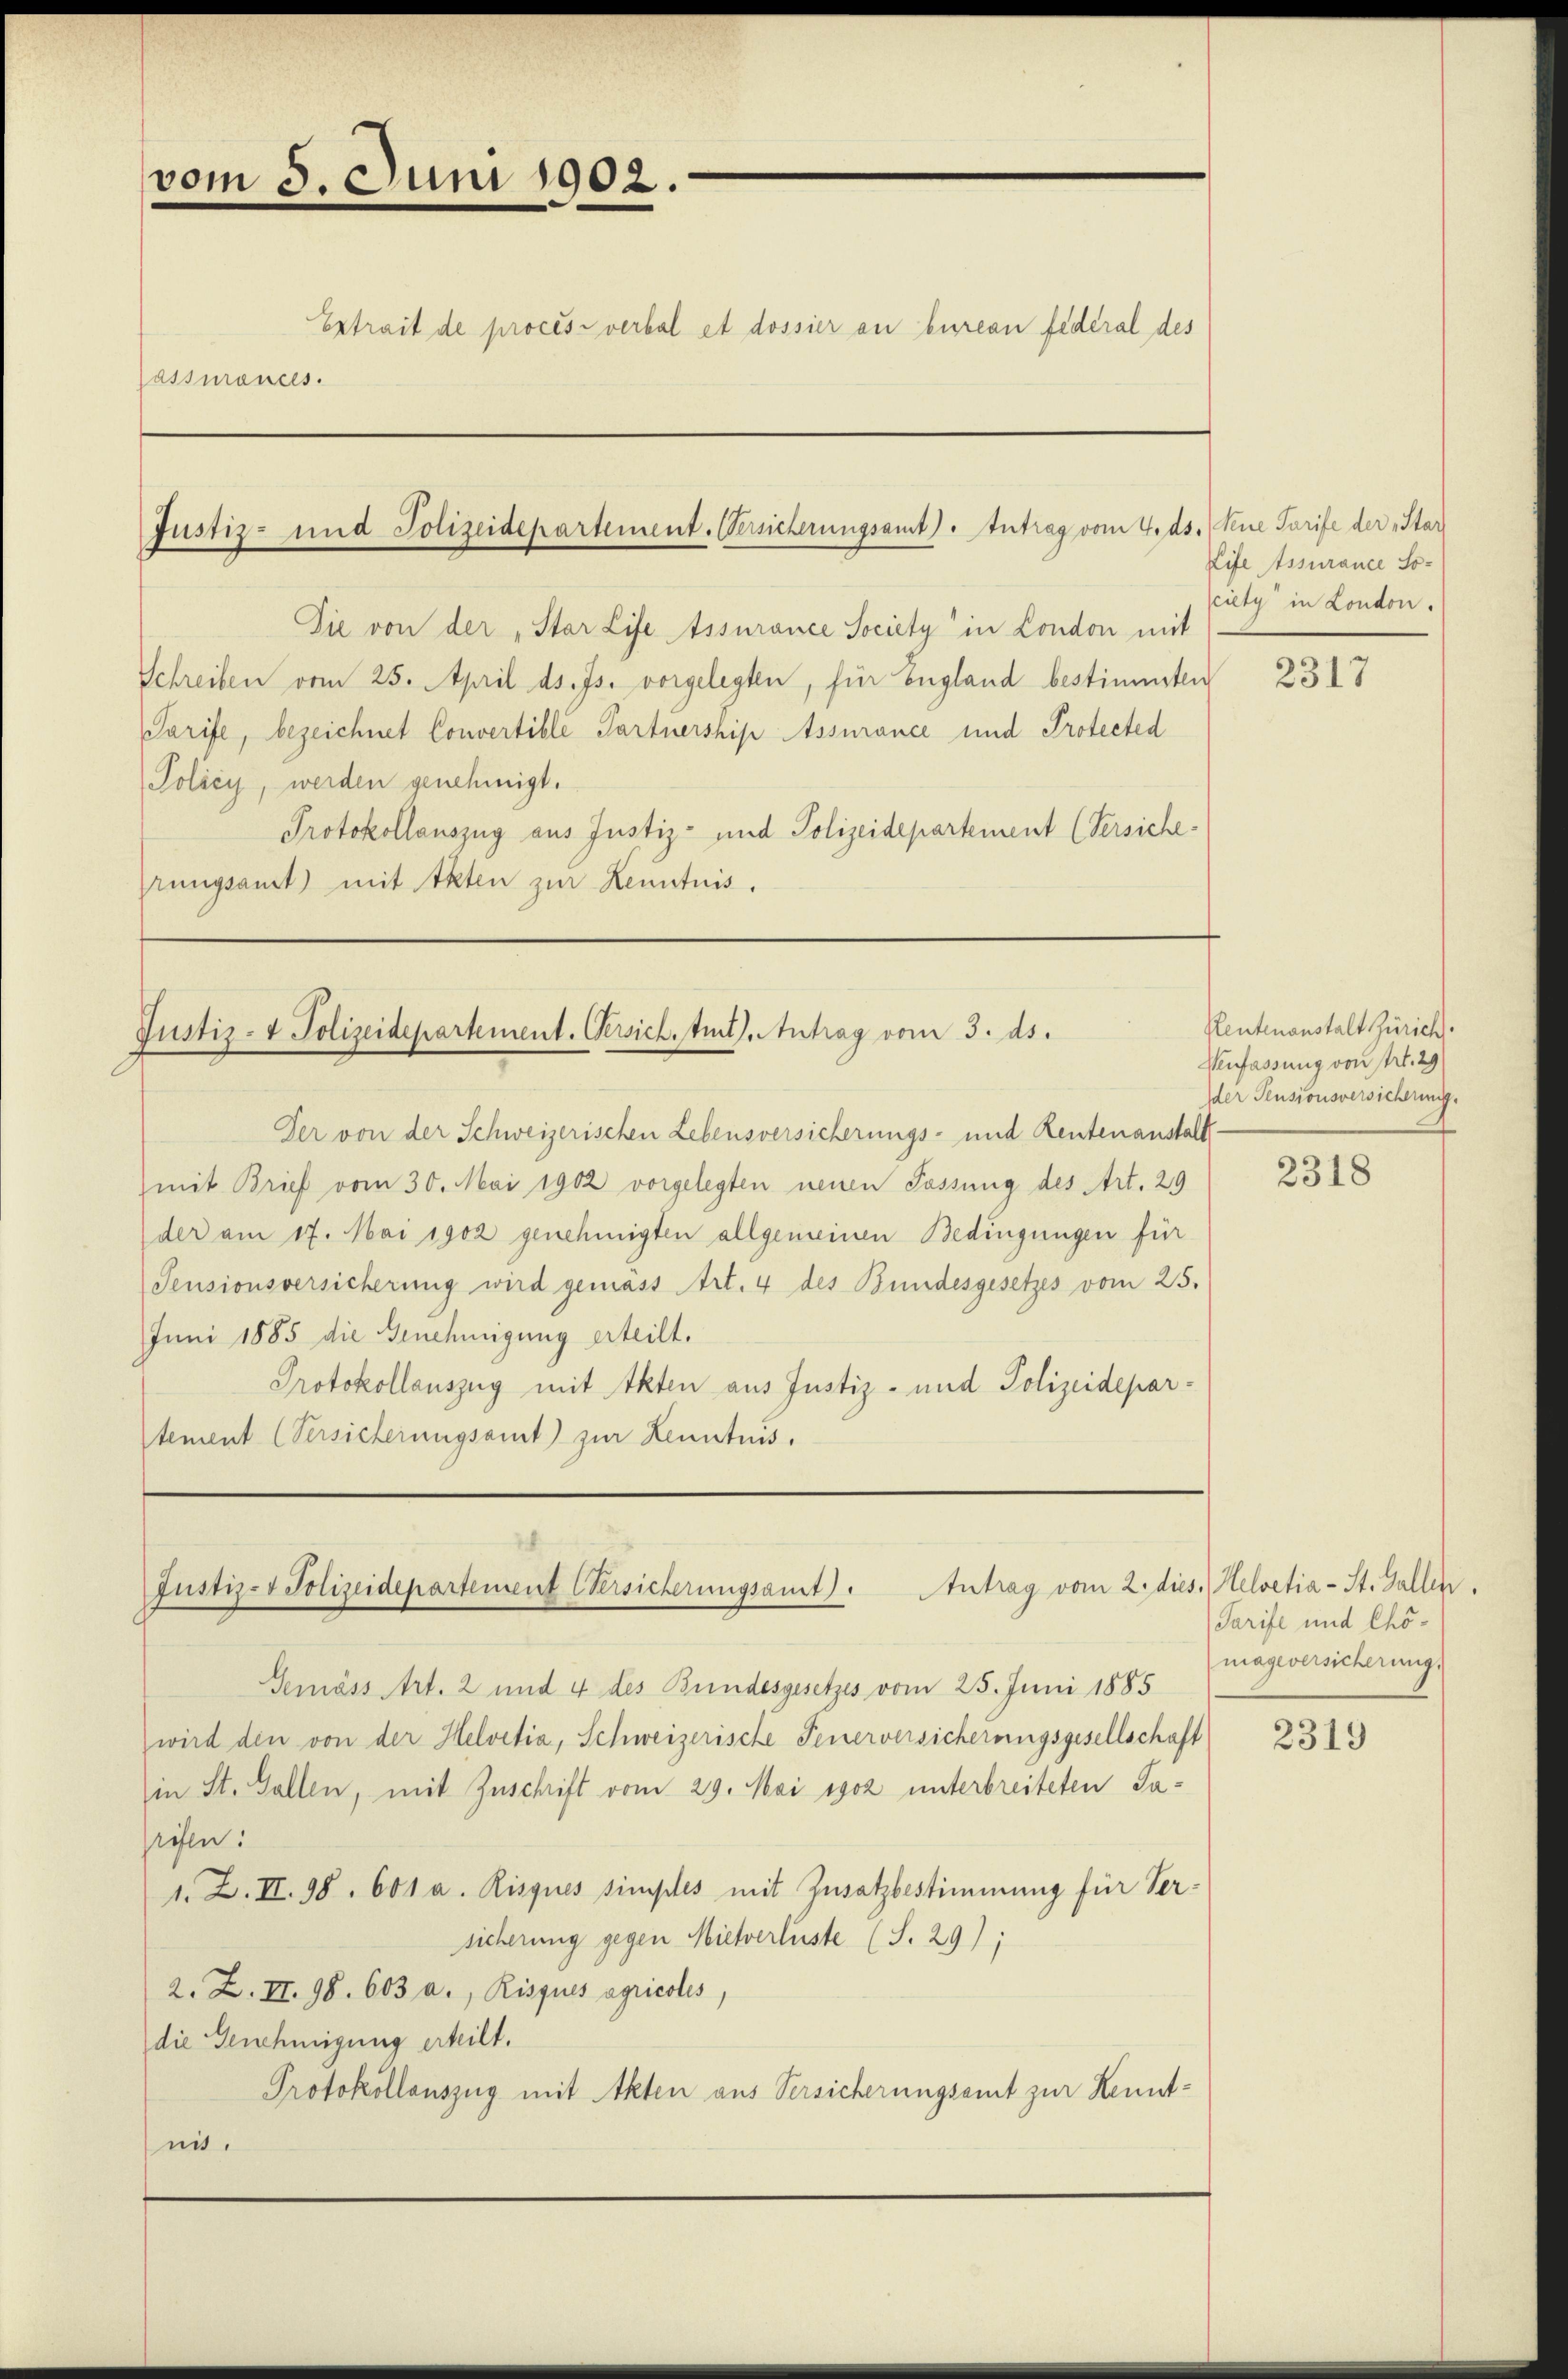
vom 5. Juni 1902

Extrait de procès-verbal et dossier an bureau federal des
Jassurances.

Justiz- und Polizeidepartement. Versicherungsamt). Intrag vom 4. ds

Justiz- & Polizeidepartement. Versichtmit). Antrag vom 3. ds.

Die von der „Star Life tssurance Society in London mit
Schreiben vom 25. April ds. Js. vorgelegten, für England bestimmten
Tarife, bezeichnet Convertible Partnership Assurance und Protected
Policy, werden genehmigt.
Protokollauszug aus Justiz- und Polizeidepartement (Versicherungsamt) mit Akten zur Kenntnis.

Der von der Schweizerischen Lebensversicherungs- und Rentenanstalt-
mit Brief vom 30. Mai 1902 vorgelegten neuen Passung des Art. 29
der am 17. Mai 1902 genehmigten allgemeinen Bedingungen für
Pensionsversicherung wird gemäss Art. 4 des Bundesgesetzes vom 25.
Juni 1885 die Genehmigung erteilt.
Protokollauszug mit Akten aus Justiz- und Polizeidepartement (Versicherungsamt zur Kenntnis.

Justiz- & Polizeidepartement Versicherungsamt). Antrag vom 2. die

Semäss Art. 2 und 4 des Bundesgesetzes vom 25. Juni 1885
wird den von der Helvetia, Schweizerische Feuerversicherungsgesellschaft
in St. Gallen, mit Zuschrift vom 29. Mai 1902 unterbreiteten Jarisen:
1. Z. II. 98. 601 a. Risques simples mit Zusatzbestimmung für Versicherung gegen Mietverluste (S. 29);
2. Z. II. 98. 603 a., Risques agricotis,
die Genehmigung erteilt.
Protokollauszug mit Akten aus Versicherungsamt zur Kenntni.

1. Seine Tarife der Star
Life Assurance Society in London.

2317

Reutenanstalt Zürich
Verfassung von Art. 29
der Pensionsversichennig.

2318

s. Helvetia - St. Gallen
Tarife und Chömagiversicherung.

2319